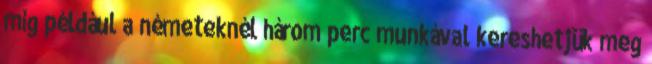
míg például a németeknél három perc munkával kereshetjük meg